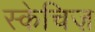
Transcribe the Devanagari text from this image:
स्केचिज़